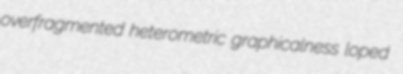
overfragmented heterometric graphicalness loped